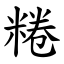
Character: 䊎